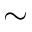
\sim